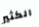
الكثير